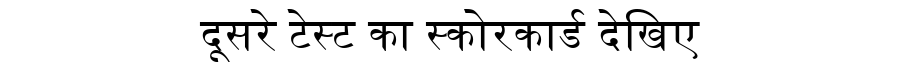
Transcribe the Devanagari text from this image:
दूसरे टेस्ट का स्कोरकार्ड देखिए